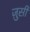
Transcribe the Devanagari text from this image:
ज़ुसी